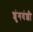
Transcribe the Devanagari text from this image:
शुंगवंशी